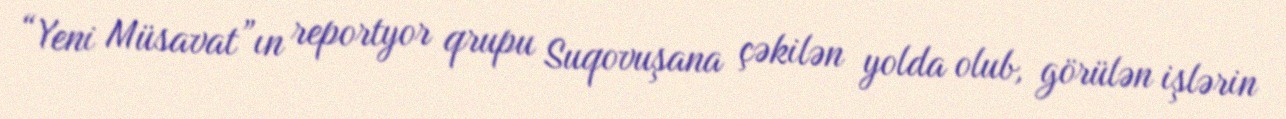
“Yeni Müsavat”ın reportyor qrupu Suqovuşana çəkilən yolda olub, görülən işlərin